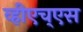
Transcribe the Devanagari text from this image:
व्हीएच्‌एस